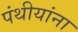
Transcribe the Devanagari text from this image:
पंथीयांना